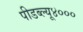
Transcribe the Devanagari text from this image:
पीडब्ल्यू४०००